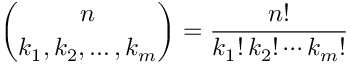
{ \binom { n } { k _ { 1 } , k _ { 2 } , \ldots , k _ { m } } } = { \frac { n ! } { k _ { 1 } ! \, k _ { 2 } ! \cdots k _ { m } ! } }